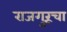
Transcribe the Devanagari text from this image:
राजगुरूंचा